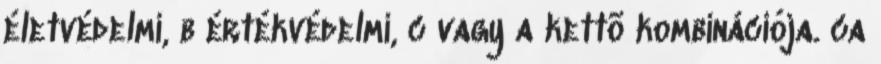
életvédelmi, b értékvédelmi, c vagy a kettõ kombinációja. ca